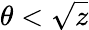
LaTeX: \theta<\sqrt{z}